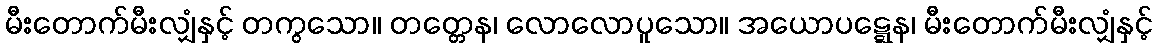
မီးတောက်မီးလျှံနှင့် တကွသော။ တတ္တေန၊ လောလောပူသော။ အယောပဋ္ဋေန၊ မီးတောက်မီးလျှံနှင့်